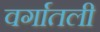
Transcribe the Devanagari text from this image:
वर्गातली